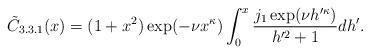
LaTeX: \begin{align*}\tilde{C}_{3.3.1}(x) = (1+x^2) \exp( -\nu x^{\kappa} )\int_{0}^{x} \frac{j_{1}\exp( \nu h'^{\kappa} )}{h'^{2}+1} dh'. \end{align*}